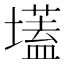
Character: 壒